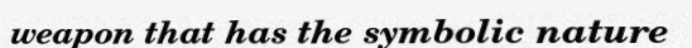
weapon that has the symbolic nature